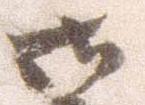
御